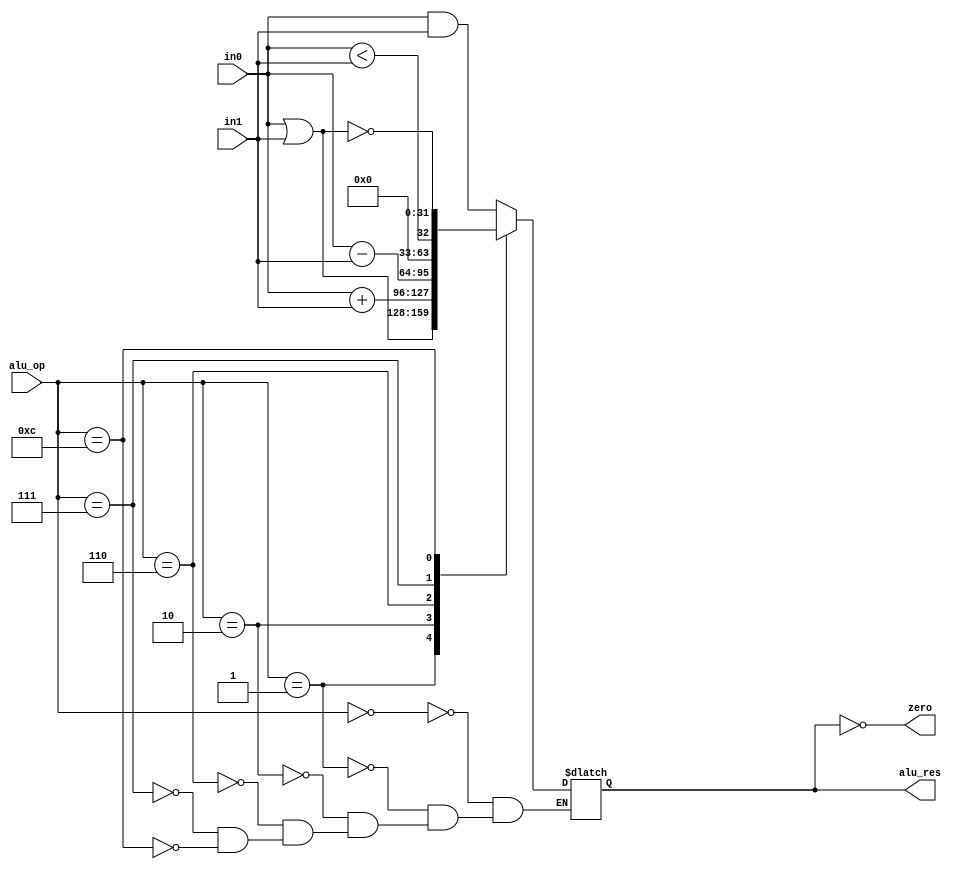
// NO CHANGES NEED TO BE MADE TO THIS MODULE

`ifndef __alu__
`define __alu__ defined

module alu (
    input [31:0] in0,
    input [31:0] in1,
    input [3:0] alu_op,
    output reg [31:0] alu_res,
    output zero
);

    always @ (*) begin
        case (alu_op)
            4'b0000 : alu_res = in0 & in1;
            4'b0001 : alu_res = in0 | in1;
            4'b0010 : alu_res = in0 + in1;
            4'b0110 : alu_res = in0 - in1;
            4'b0111 : alu_res = {31'b0, (in0 < in1)};
            4'b1100 : alu_res = ~(in0 | in1);
        endcase
    end

    assign zero = (alu_res == 32'h00000000);

endmodule

`endif